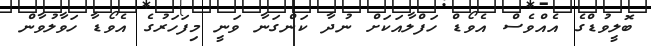
ބޮލީވުޑްގެ އެއްވެސް އެވޯޑް ހަފްލާއަކަށް ނުދާ ކަންގަނާ ވަނީ މިފަހަރުގެ އެވޯޑާ ހަވާލުވާން